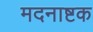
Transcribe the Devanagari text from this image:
मदनाष्टक